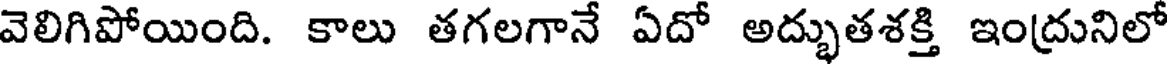
వెలిగిపోయింది. కాలు తగలగానే ఏదో అద్భుతశక్తి ఇంద్రునిలో